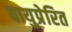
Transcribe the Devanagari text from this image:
वायुप्रेरित